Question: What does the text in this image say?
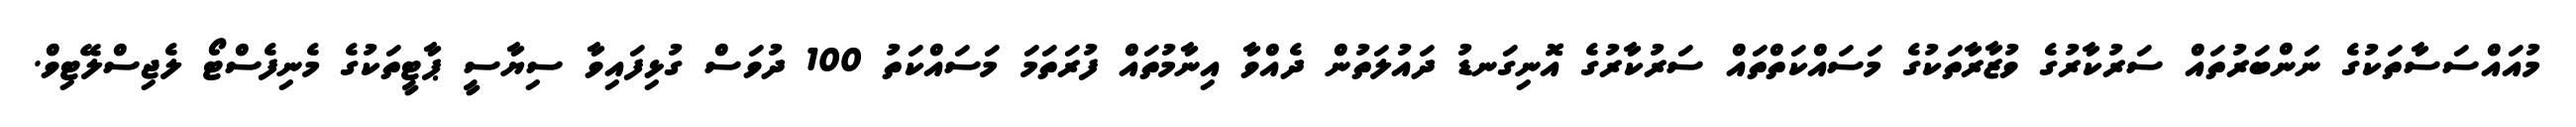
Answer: މުއައްސަސާތަކުގެ ނަންބަރުތައް ސަރުކާރުގެ ވުޒާރާތަކުގެ މަސައްކަތްތައް ސަރުކާރުގެ އޮނިގަނޑު ދައުލަތުން ދެއްވާ އިނާމުތައް ފުރަތަމަ މަސައްކަތު 100 ދުވަސް ގުޅިފައިވާ ސިޔާސީ ޕާޓީތަކުގެ މެނިފެސްޓޯ ލެޖިސްލޭޓިވް.